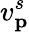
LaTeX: v_{\textbf{p}}^{s}